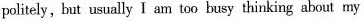
politely. but usually I am too busy thinking about my